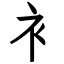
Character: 衤